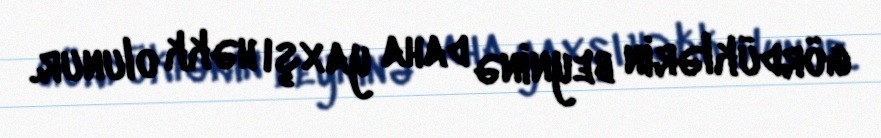
gördüklərin beyninə daha yaxşı həkk olunur.